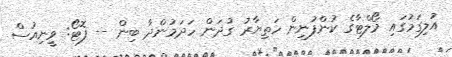
އުލިގަމުގައި މޯލްޓާގެ ކުންފުނިން ހަތިޔާރު ގުދަން ހަދަމުންދާ ބިން -- ފޮޓޯ: ވީނިއުސް